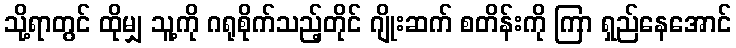
သို့ရာတွင် ထိုမျှ သူ့ကို ဂရုစိုက်သည့်တိုင် ဂျိုးဆက် စတိန်းကို ကြာ ရှည်နေအောင်